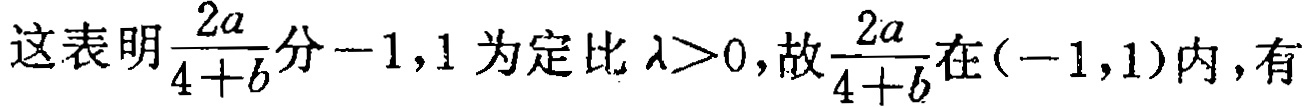
这表明$\frac{2a}{4 + b}$分$-1,1$为定比$\lambda>0$，故$\frac{2a}{4 + b}$在$(-1,1)$内，有